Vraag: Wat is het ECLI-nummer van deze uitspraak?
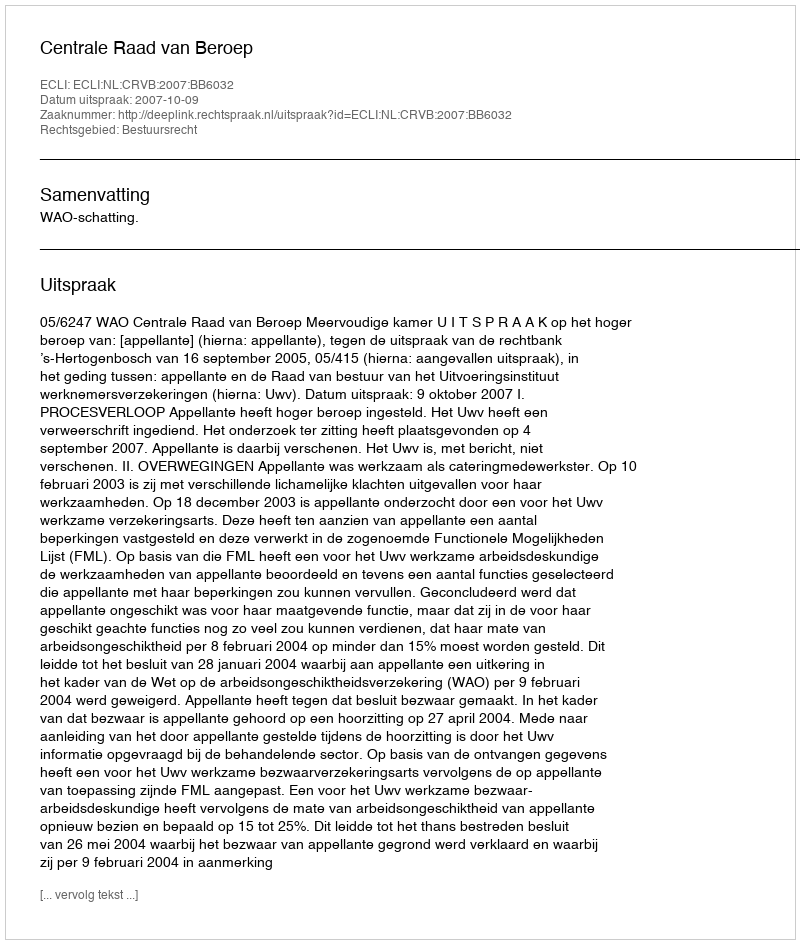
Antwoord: ECLI:NL:CRVB:2007:BB6032